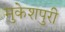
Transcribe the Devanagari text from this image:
मुकेशपुरी